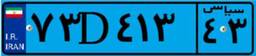
۷۳D۴۱۳۴۳